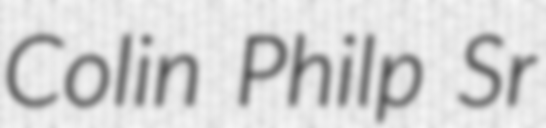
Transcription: Colin Philp Sr